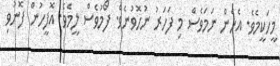
މީހަކީމެވެ. އެހެން ނަމަވެސް މި ފަހަރު ނުހޮވުނެވެ. ފޯުމުވެސް ލީމެވެ. އޮފީހުން ފޮނުވި